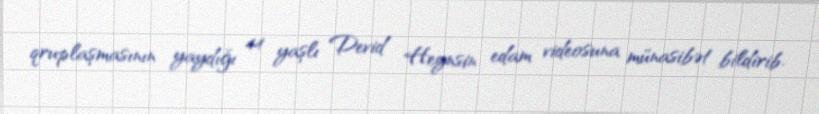
qruplaşmasının yaydığı 44 yaşlı Devid Heynsin edam videosuna münasibət bildirib.